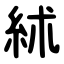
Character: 絉